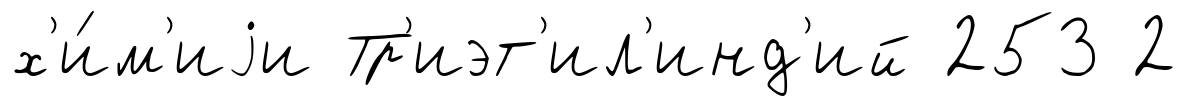
х'и́м'иjи Тр'иэт'ил'инд'ий 253 2